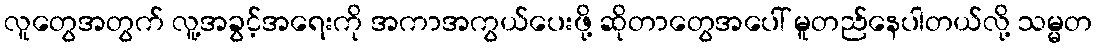
လူတွေအတွက် လူ့အခွင့်အရေးကို အကာအကွယ်ပေးဖို့ ဆိုတာတွေအပေါ် မူတည်နေပါတယ်လို့ သမ္မတ